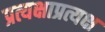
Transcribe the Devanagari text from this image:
प्रत्यक्षाप्रत्यक्ष